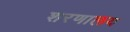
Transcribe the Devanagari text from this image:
शरणालय